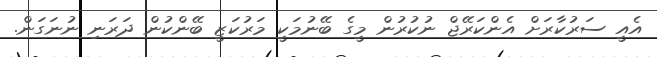
އެއީ ސަރުކާރަށް އެންކަރޭޖް ނުކުރުން މީގެ ބޭނުމަކީ މަރުކަޒީ ބޭންކުން ދަރަނި ނުނަގަން.